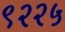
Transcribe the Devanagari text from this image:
९२२५